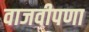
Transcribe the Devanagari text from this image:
वाजवीपणा